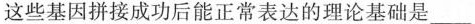
这些基因拼接成功后能正常表达的理论基础是___